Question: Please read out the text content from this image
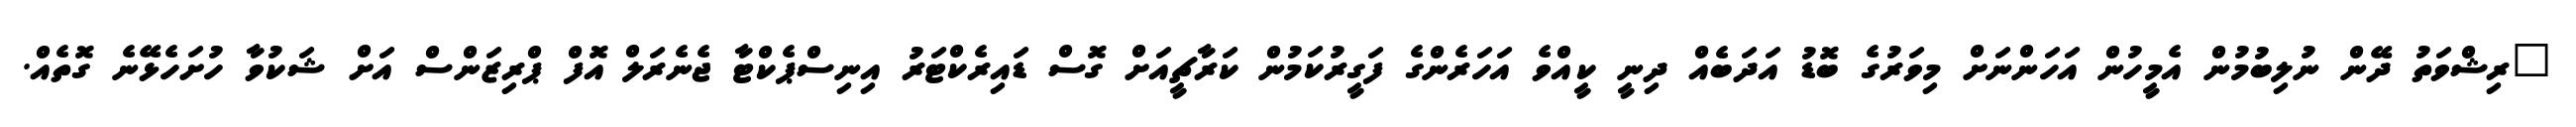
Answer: "ރިޝްވަތު ދޭން ނުލިބުމުން އެމީހުން އަހަންނަށް މިވަރުގެ ބޮޑު އަދަބެއް ދިނީ ކީއްވެ އަހަރެންގެ ފަގީރުކަމުން ކަރާޗީއަށް ގޮސް ޑައިރެކްޓަރު އިނިސްޕެކްޓާ ޖެނެރަލް އޮފް ޕްރިޒަންސް އަށް ޝަކުވާ ހުށަހެޅޭނެ ގޮތެއް.